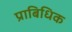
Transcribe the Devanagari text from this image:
प्राबिधिक